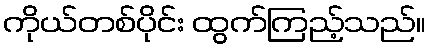
ကိုယ်တစ်ပိုင်း ထွက်ကြည့်သည်။